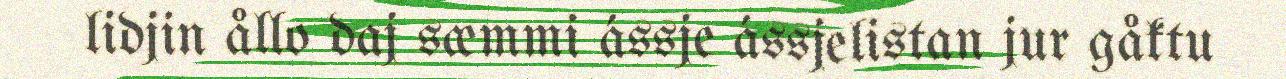
lidjin ållo daj sæmmi ássje ássjelistan jur gåktu